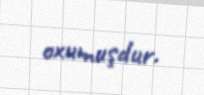
oxumuşdur.